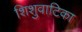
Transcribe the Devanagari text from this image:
शिशुवाटिका